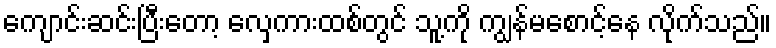
ကျောင်းဆင်းပြီးတော့ လှေကားထစ်တွင် သူ့ကို ကျွန်မစောင့်နေ လိုက်သည်။